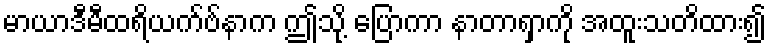
မာယာဒီမီထရိယက်ဗ်နာက ဤသို့ ပြောကာ နာတာရှာကို အထူးသတိထား၍